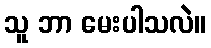
သူ ဘာ မေးပါသလဲ။